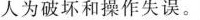
人为破坏和操作失误。